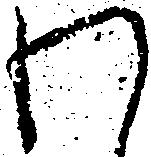
わ